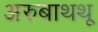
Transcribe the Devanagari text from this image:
अरुबाथथू